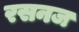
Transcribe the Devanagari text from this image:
रसनज